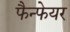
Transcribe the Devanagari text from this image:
फैन्फेयर